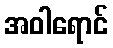
အဝါရောင်